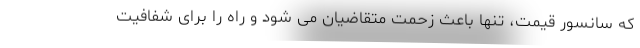
که سانسور قیمت، تنها باعث زحمت متقاضیان می شود و راه را برای شفافیت